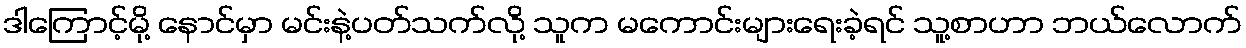
ဒါကြောင့်မို့ နောင်မှာ မင်းနဲ့ပတ်သက်လို့ သူက မကောင်းများရေးခဲ့ရင် သူ့စာဟာ ဘယ်လောက်